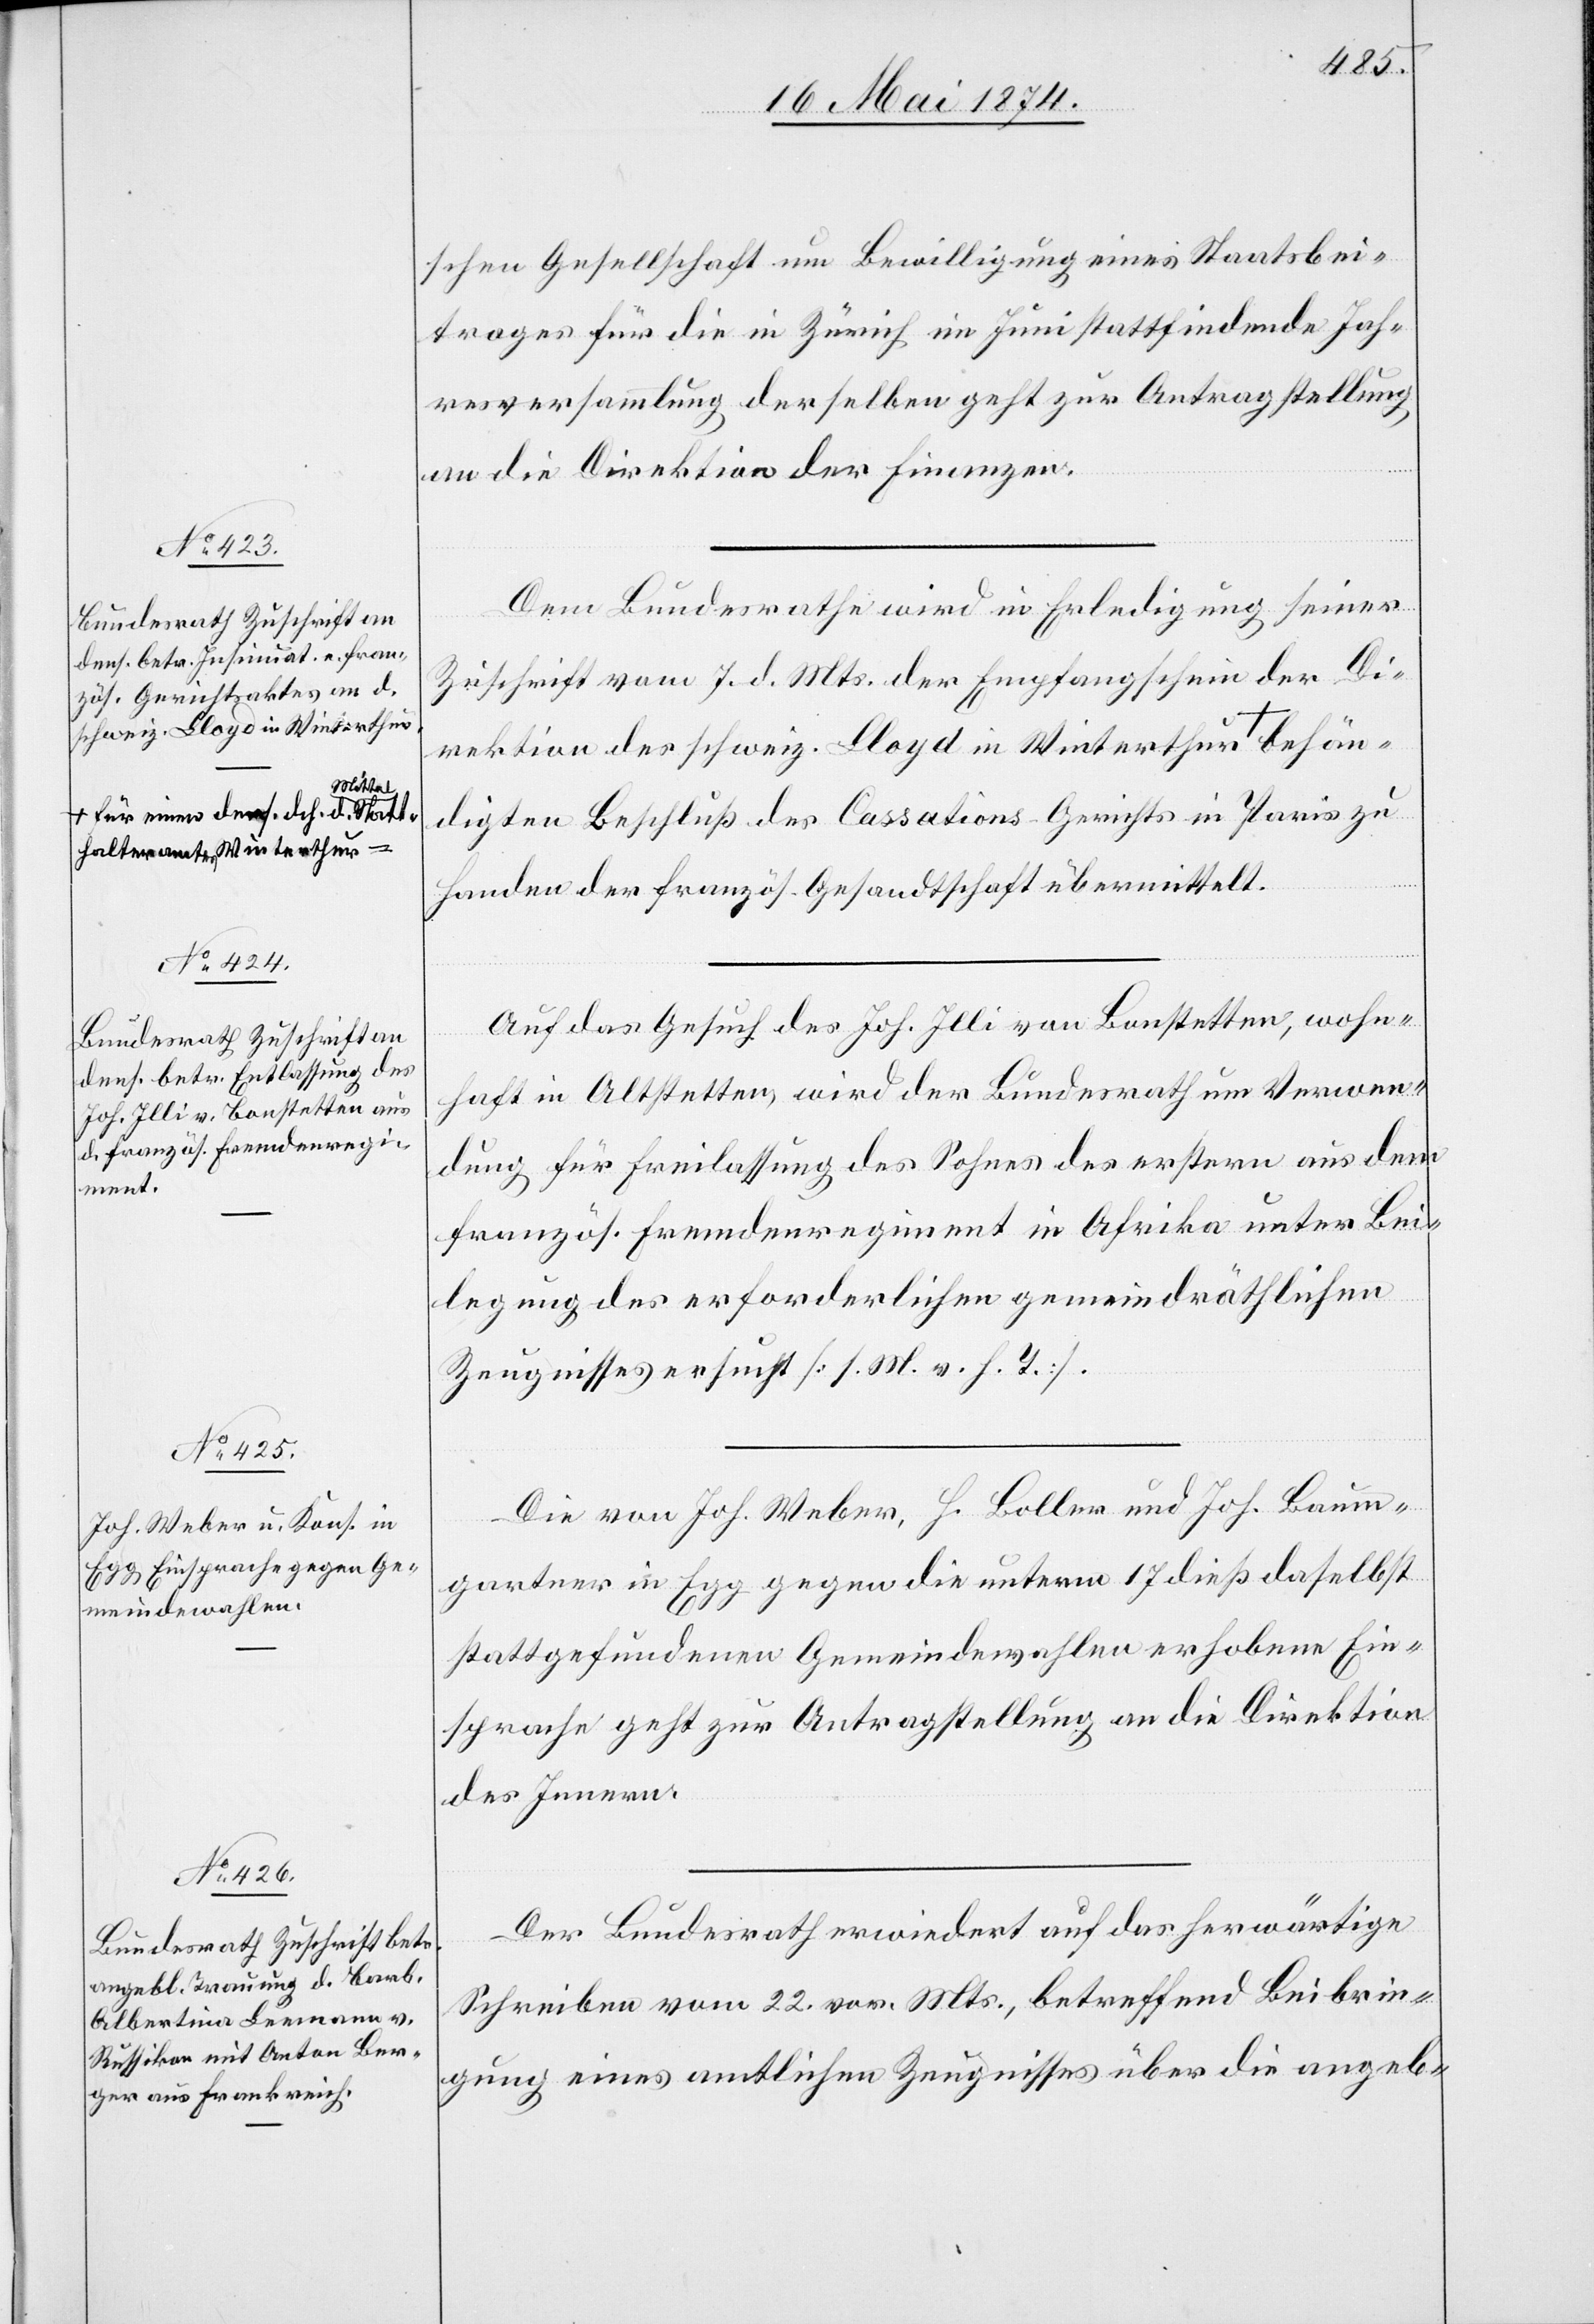
schweiz. Lloyd in Winterthur
a-für einen dens. dch. d. Mitt¬
halteramtes Winterthur-a

22. Mai 1874.]
behän¬
schen Gesellschaft um Bewilligung eines Staatsbei¬
trages für die in Zürich im Juni stattfindende Jah¬
resversammlung der selben geht zur Antragstellung
d.
an die Direktion der Finanzen.
Dem Bundesrathe wird in Erledigung seiner
Zuschrift vom 7. d. Mts. der Empfangschein der Di¬
digten Beschluß des Cassations-Gerichts in Paris zu
Handen der französ. Gesandtschaft übermittelt.
Auf das Gesuch des Joh. Illi von Bonstetten, wohn¬
haft in Altstetten, wird der Bundesrath um Verwen¬
dung für Freilassung des Sohnes des erstern aus dem
französ. Fremdenregiment in Afrika unter Bei¬
legung des erforderlichen gemeindräthlichen
Zeugnisses ersucht [s. M. v. h. T.].
Die von Joh. Weber, H. Boller und Joh. Baum¬
gartner in Egg gegen die unterm 17. dieß daselbst
stattgefundenen Gemeindewahlen erhobene Ein¬
sprache geht zur Antragstellung an die Direktion
des Innern.
Der Bundesrath erwiedert auf das herwärtige
Schreiben vom 22. vor. Mts., betreffend Beibrin¬
gung eines amtlichen Zeugnisses über die angeb-